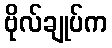
ဗိုလ်ချုပ်က